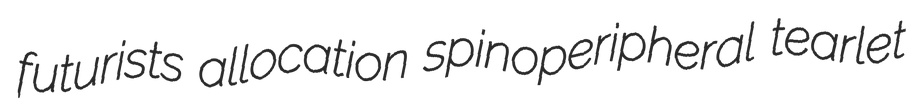
futurists allocation spinoperipheral tearlet